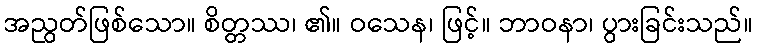
အညွတ်ဖြစ်သော။ စိတ္တဿ၊ ၏။ ဝသေန၊ ဖြင့်။ ဘာဝနာ၊ ပွားခြင်းသည်။